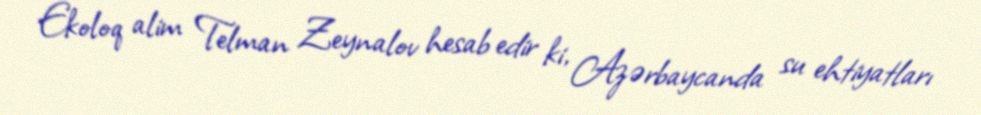
Ekoloq alim Telman Zeynalov hesab edir ki, Azərbaycanda su ehtiyatları